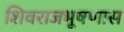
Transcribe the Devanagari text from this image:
शिवराजभूषणास